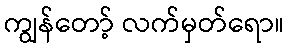
ကျွန်တော့် လက်မှတ်ရော။